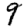
Digit: 9